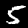
Digit: 5